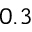
0 . 3